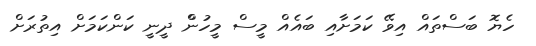
ހެޔޮ ބަސްތައް އިވޭ ކަމަށާއި ބައެއް މީސް މީހުންް ދީނީ ކަންކަމަށް އިތުރަށް